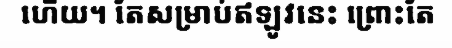
ហើយ។ តែសម្រាប់ឥឡូវនេះ ព្រោះតែ